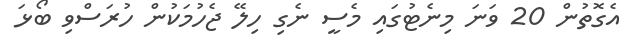
އެގޮތުން 20 ވަނަ މިނެޓުގައި މެސީ ނެގި ހިލޭ ޖެހުމަކުން ހުރަސްވި ބޯޅަ